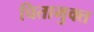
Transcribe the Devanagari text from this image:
चितामुक्त